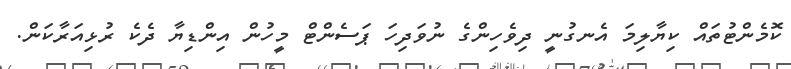
ކޮމެންޓުތައް ކިޔާލިމަ އެނގުނީ ދިވެހިންގެ ނުވަދިހަ ޕަސެންޓް މީހުން އިންޑިޔާ ދެކެ ރުޅިއަރާކަން.